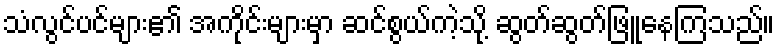
သံလွင်ပင်များ၏ အကိုင်းများမှာ ဆင်စွယ်ကဲ့သို့ ဆွတ်ဆွတ်ဖြူနေကြသည်။